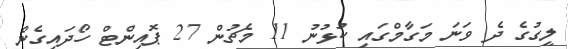
ލީގުގެ ދެ ވަނަ މަގާމްގައި ކުޅުނު 11 މެޗުން 27 ޕޮއިންޓް ހޯދައިގެން